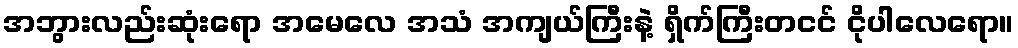
အဘွားလည်းဆုံးရော အမေလေ အသံ အကျယ်ကြီးနဲ့ ရှိက်ကြီးတငင် ငိုပါလေရော။